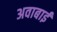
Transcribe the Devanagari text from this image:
अवाबाई